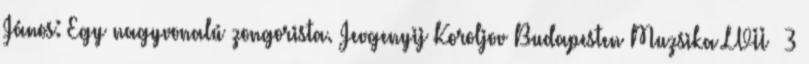
János: Egy nagyvonalú zongorista. Jevgenyij Koroljov Budapesten Muzsika LVII 3